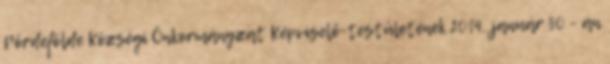
Pördefölde Községi Önkormányzat Képviselő-testületének 2014. január 30 - án